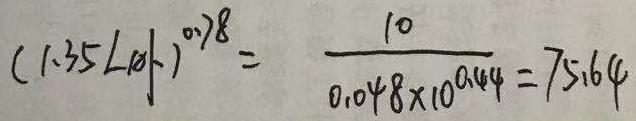
$(1.35L\alpha)^{0.78}=\frac{10}{0.048\times10^{0.44}} = 75.64$